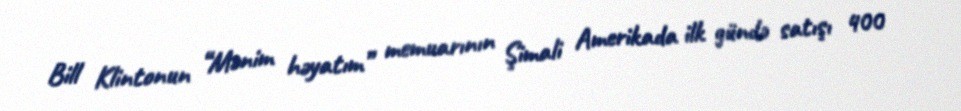
Bill Klintonun “Mənim həyatım” memuarının Şimali Amerikada ilk gündə satışı 400